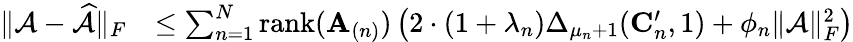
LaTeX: \begin{array}{rl}{\| \mathcal{A}-\widehat{\mathcal{A}}\| _{F}}&{\leq\sum_{n=1}^{N}\mathrm{rank}(\mathbf{A}_{(n)})\left(2\cdot(1+\lambda_{n})\Delta_{\mu_{n}+1}(\mathbf{C}_{n}^{\prime},1)+\phi_{n}\| \mathcal{A}\| _{F}^{2}\right)}\end{array}